Vaccination North-Western Provinces and Oudh 1878-1895 - 1878-1895
Year: 1878
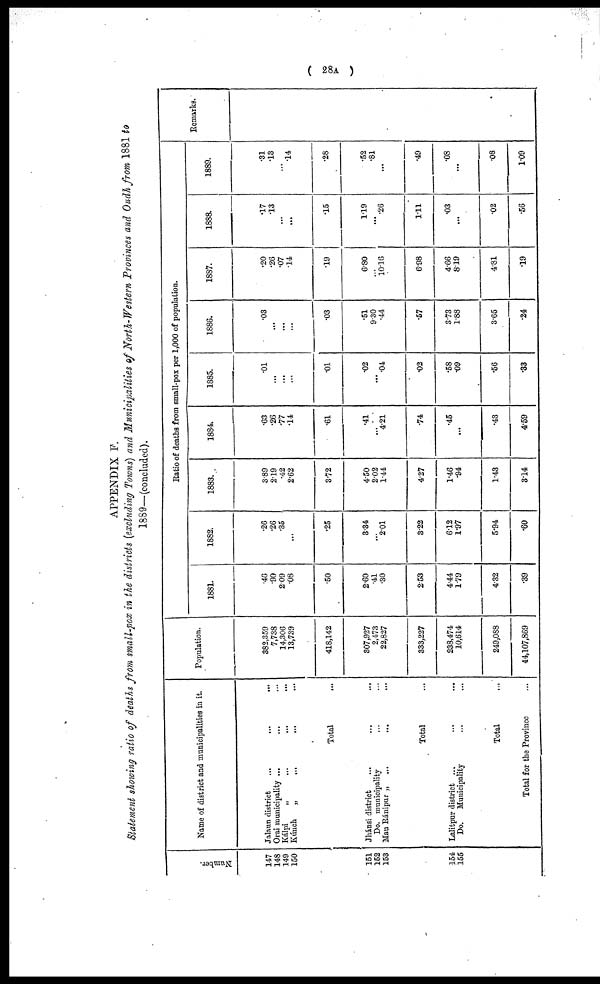
( 28A )
APPENDIX F.
Statement showing ratio of deaths from small-pox in the districts (excluding Towns) and Municipalities of North-Western Provinces and Oudh from 1881 to
1889—(concluded).
Number.
147
148
149
150
151
152
153
154
155
Name of district and municipalities in it.
Jalaun district
...
...
...
Orai municipality ... ... ...
Kálpi „ ... ... ...
Kúnch „ ... ... ...
Total ...
Jhánsi district ... ... ...
Do. municipality ... ... ...
Mau Ránipur „ ... ... ...
Total ...
Lalitpur district ... ... ...
Do.
Municipality ... ... ...
Total ...
Total for the Province ...
Population.
382,359
7,738
14,306
13,739
418,142
307,927
2,473
22,827
333,227
238,474
10,614
249,088
44,107,869
Ratio of deaths from small-pox per 1,000 of population.
1881.
.46
.90
2.09
.08
.50
2.60
.41
.30
2.53
4.44
1.79
4.32
.39
1882.
.26
.26
.35
...
.25
3.34
...
2.01
3.22
6.12
1.97
5.94
.60
1883
3.89
2.19
.42
2.62
3.72
4.50
2.02
1.44
4.27
1.46
.94
1.43
3.14
1884.
.63
.26
.77
.14
.61
.41
...
4.21
.74
.45
...
.43
4.59
1885.
.01
...
...
...
.01
.02
...
.04
.02
.58
.09
.56
.33
1886.
.03
...
...
...
.03
.51
9.30
.44
.57
3.73
1.88
3.65
.24
1887.
.20
.26
.07
.14
.19
6.80
...
10.16
6.98
4.66
8.019
4.81
.19
1888.
.17
13
...
...
.15
1.19
...
.26
1.11
.03
...
.02
.56
1889.
.31
.13
...
.14
.28
.52
.81
...
.49
.08
...
.08
1.09
Remarks.